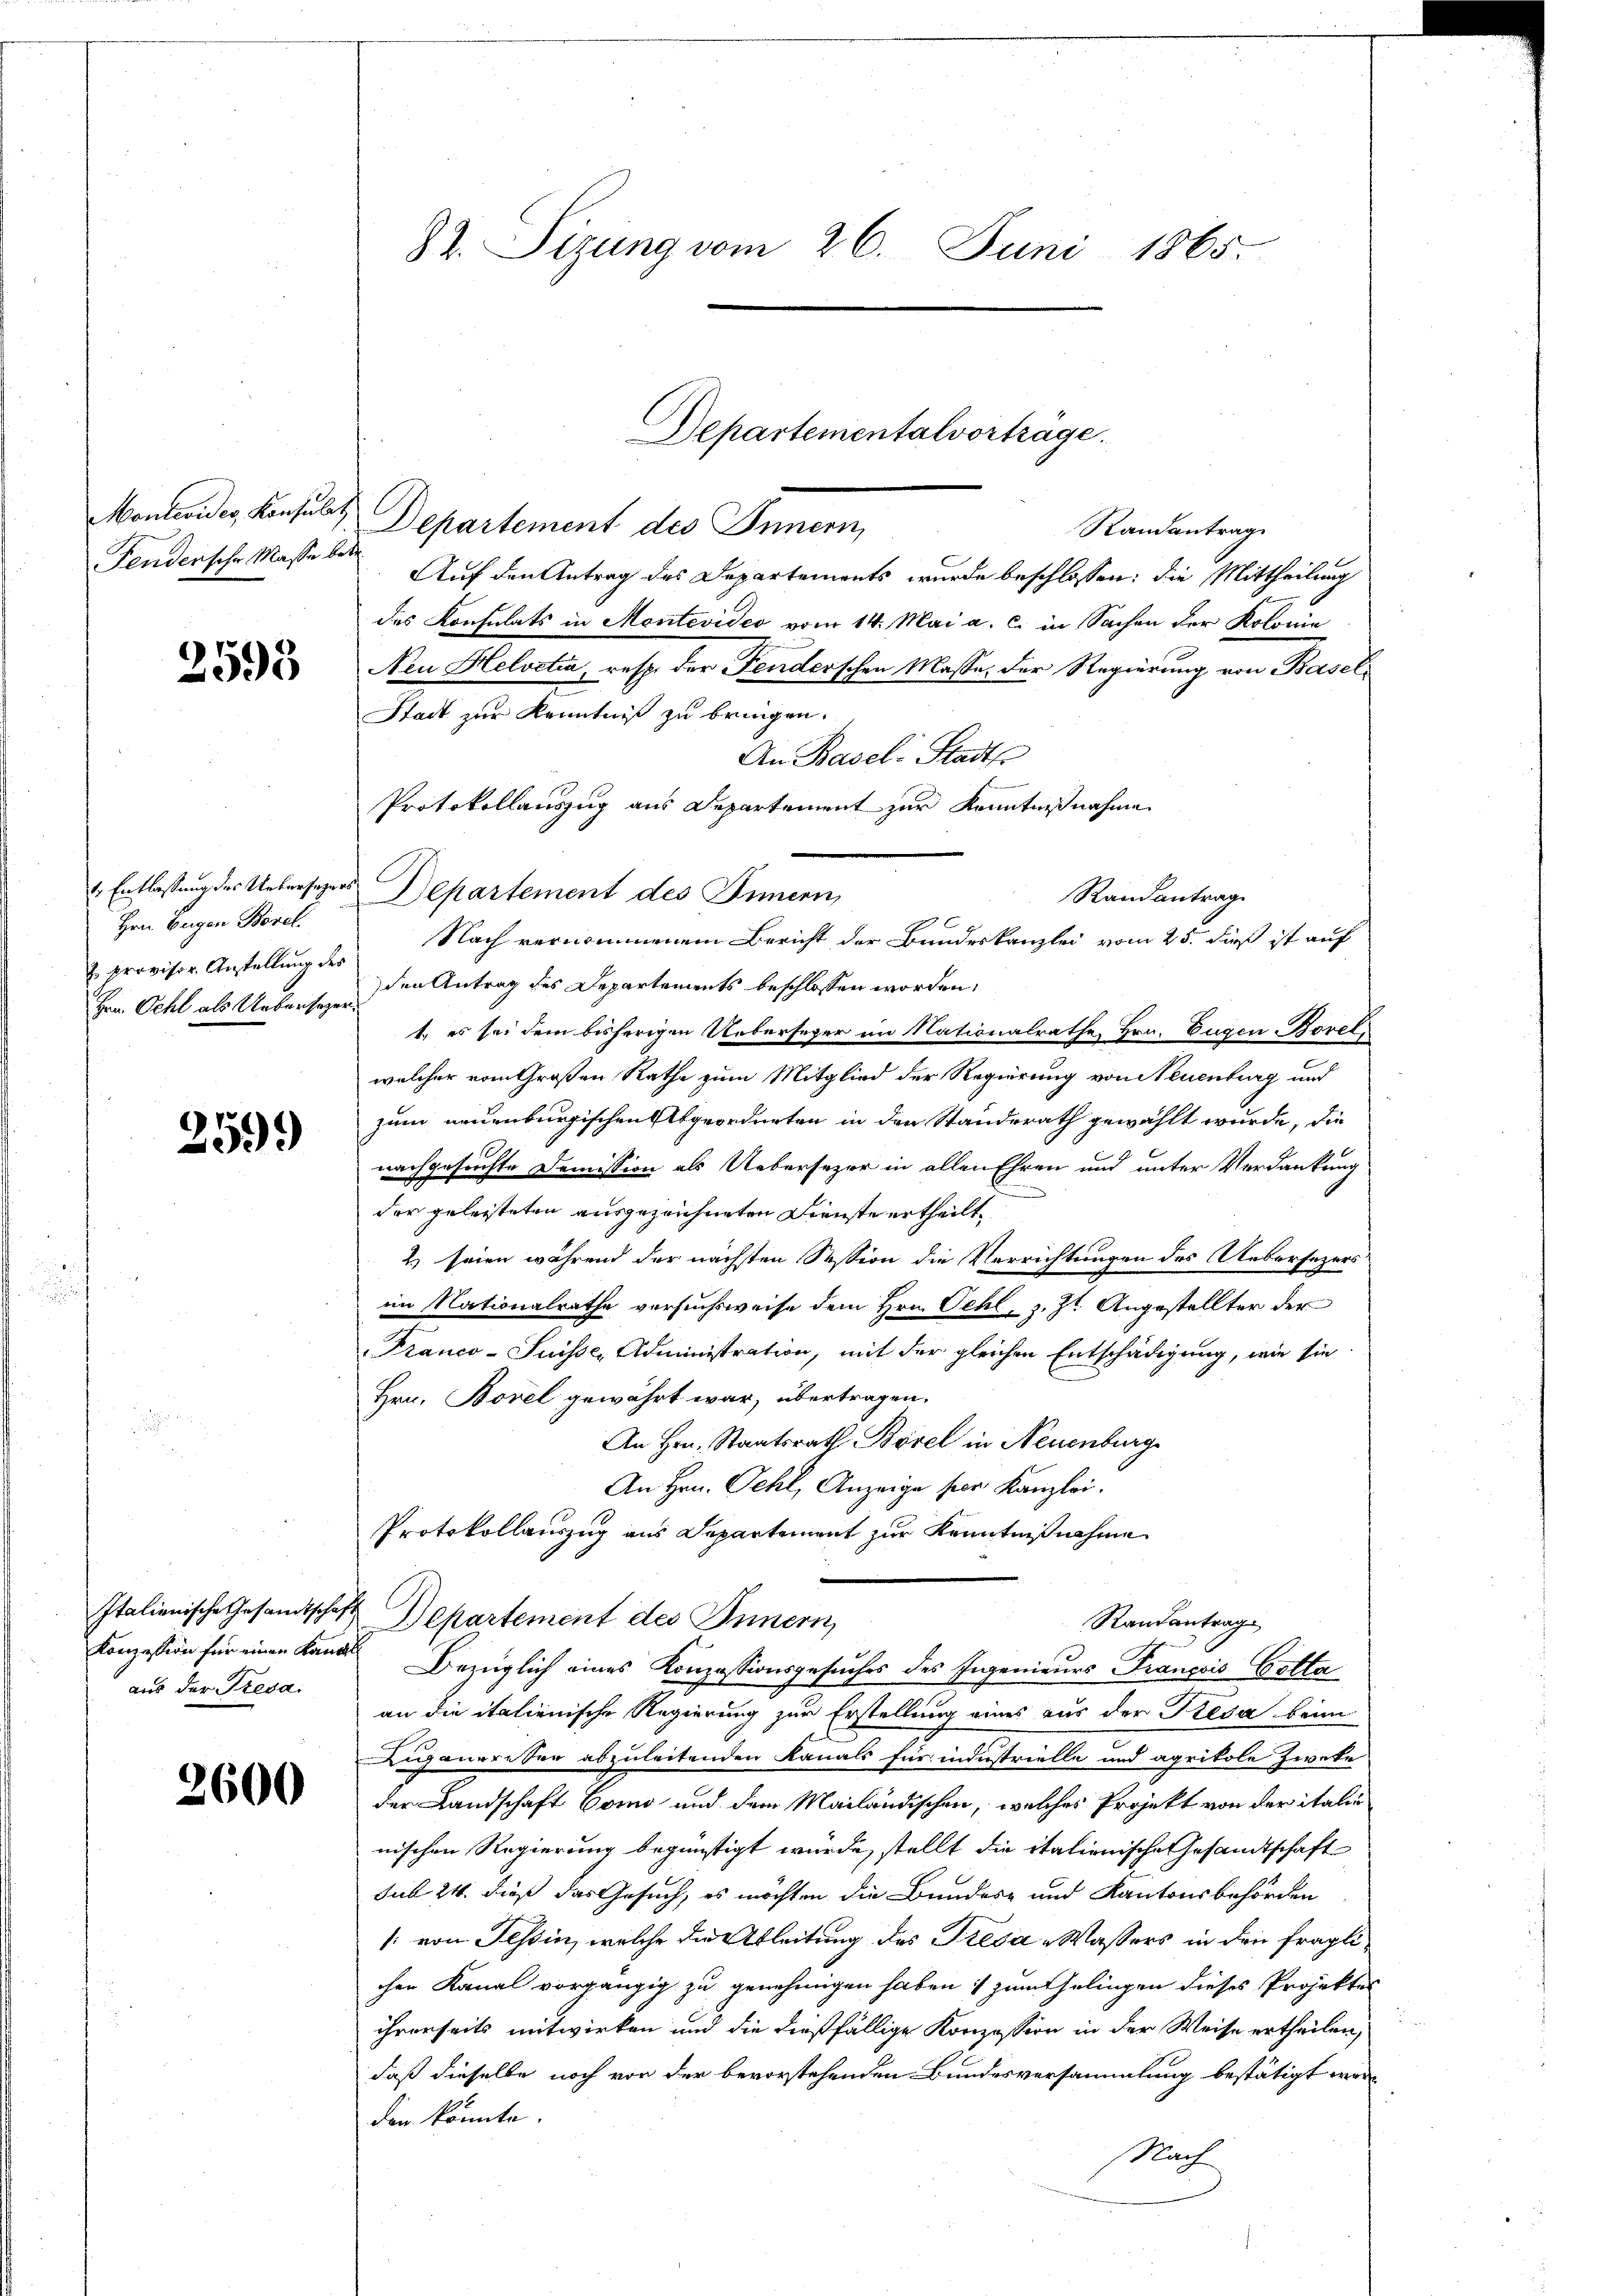
Montevider, Konsulat
Fendersehr Masse bet

2593

1. Entlassung des Uebersagers
Hrn. Beigen Borel.
J. provisor Anstellung des
Hrn. Oehl als Ueberseger

2599)

aus der Tresa.

2600

82. Sizung vom 26. Juni 1865.

Departement des Innern,
Randantrag
Auf den Antrag des Departements wurde beschlossen: die Mittheilung
des Konsulats in Montevideo vom 14. Mai a. c. in Sachen der Kolonie
Neu Helvetia, resp. der Fenderschen Masse, der Regierung von Basel¬
Stadt zur Kenntniß zu bringen.
An Basel-Stadts
Protokollauszug aus Departement zur Kenntnißnahme
Departement des Innern,
Randantrage
den Antrag des Departements beschlossen worden,
t. es sei dem bisherigen Uebersezer im Nationalrathe Hrn. Eugen Borel
welcher vom Großen Rathe zum Mitglied der Regierung von Neuenburg und
zum neuenburgischen Abgeordneten in den Standerath gewählt wurde, die
nachgesuchte Demission als Uebersezer in allen Ehren und unter Verdankung
der geleisteten ausgezeichneten Dienste ertheilt,
2) seien während der nächsten Session die Verrichtungen des Uebersezers
im Nationalrathe versuchsweise dem Hrn. Oehl, z. Zt. Angestellter der
Franco-Suisse, Administration, mit der gleichen Entschädigung, wie sie
Hrn. Borel gewährt war, übertragen.
An Hrn. Staatsrath Borel in Neuenburg
An Hrn. Pehl, Anzeige ser Kanzlei.
Protokollauszug aus Departement zur Kenntnißnahme
Italienische Gesandtschaft Departement des Innern,
Randantrag
Konzession für einen Landes Bezüglich eines Konzessionsgesuches des Ingenieurs François Gotta
an die italienische Regierung zur Erstellung eines aus der Tresa beim
Auganereser abzuleitenden Kanals für industrielle und agrikole Zweke
der Landschaft Como und dem Mailändischen, welches Projekt von der italie
nischen Regierung begünstigt wurde, stellt die italienische Gesandtschaft
sub 24. dieß das Gesuch, es möchten die Bundes- und Kantonsbehörden
/: von Tessin, welche die Ableitung des Tresa-Wassers in den fraglichen Kanal vorgängig zu genehmigen haben & zum Ehelingen dieses Projektes
ihrerseits mitwirken und die dießfällige Konzession in der Weise ertheilen,
daß dieselbe noch von der bevorstehenden Bundesversammlung bestätigt werden könnte.
Nach

Departementalvortrage.

Nach vernommenem Bericht der Bundeskanzlei vom 25. dieß ist auf